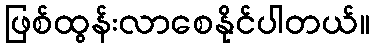
ဖြစ်ထွန်းလာစေနိုင်ပါတယ်။